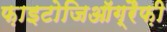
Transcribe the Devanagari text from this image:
फ़ाइटोजिऑग्रैफ़ी